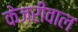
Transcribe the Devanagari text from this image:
केज़रीवाल